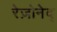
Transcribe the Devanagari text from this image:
रेज़ोनेद्